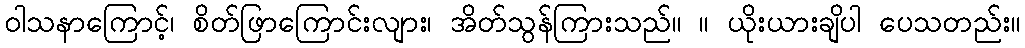
ဝါသနာကြောင့်၊ စိတ်ဖြာကြောင်းလျား၊ အိတ်သွန်ကြားသည်။ ။ ယိုးယားချိပါ ပေသတည်း။